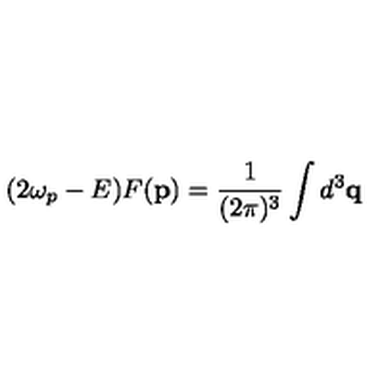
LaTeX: ( 2 \omega _ { p } - E ) F ( \mathbf { p } ) = \frac { 1 } { ( 2 \pi ) ^ { 3 } } \int d ^ { 3 } \mathbf { q }